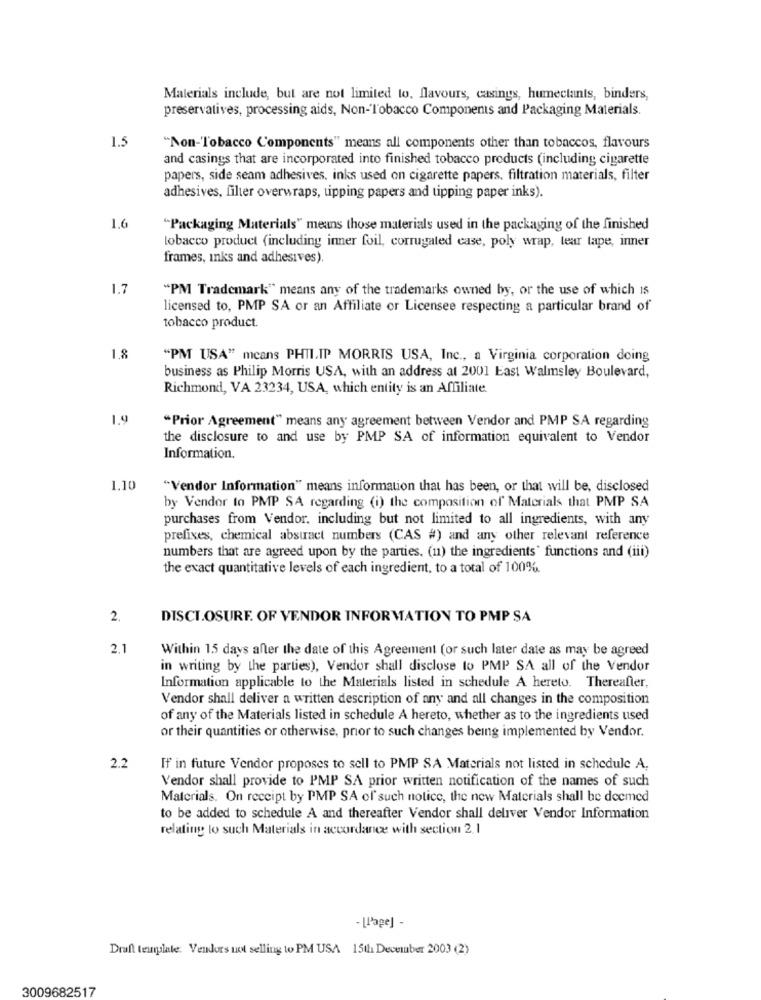
Materials include, but are not limited to, flavours, casings, humectants, binders,
preservatives, processing aids, Non-Tobacco Components and Packaging Materials.
1.5
"Non-'Tobacco Components" means all components other than tobaccos, flavours
and casings that are incorporated into finished tobacco products (including cigarette
papers, side seam adhesives, inks used on cigarette papers. filtration materials, filter
adhesives, filter overwraps, tipping papers and tipping paper inks).
1.6
"Packaging Materials" means those materials used in the packaging of the finished
tobacco product (including inner foil, corrugated case, poly wrap, tear tape, inner
frames, inks and adhesives).
1.7
"PM Trademark" means any of the trademarks owned by, or the use of which Is
licensed to, PMP SA or an Affiliate or Licensee respecting a particular brand of
tobacco product.
1.8
"PM USA" means PHILIP MORRIS USA, Inc ., a Virginia corporation doing
business as Philip Morris USA, with an address at 2001 East Walmsley Boulevard,
Richmond, VA 23234, USA, which entity is an Affiliate
1.9
"Prior Agreement" means any agreement between Vendor and PMP SA regarding
the disclosure to and use by PMP SA of information equivalent to Vendor
Information.
1,10
"Vendor Information" means information that has been, or that will be, disclosed
by Vendor to PMP SA regarding (i) the composition of Materials that PMP SA
purchases from Vendor, including but not limited to all ingredients, with any
prefixes, chemical abstract numbers (CAS #) and any other relevant reference
numbers that are agreed upon by the parties, (11) the ingredients' functions and (iii)
the exact quantitative levels of each ingredient, to a total of 100%
2.
DISCLOSURE. OF VENDOR INFORMATION TO PMP SA
2.1
Within 15 days after the date of this Agreement (or such later date as may be agreed
in writing by the parties), Vendor shall disclose to PMP SA all of the Vendor
Information applicable to the Materials listed in schedule A hereto. Thereafter,
Vendor shall deliver a written description of any and all changes in the composition
of any of the Materials listed in schedule A hereto, whether as to the ingredients used
or their quantities or otherwise, prior to such changes being implemented by Vendor.
2.2
If in future Vendor proposes to sell to PMP SA Materials not listed in schedule A.
Vendor shall provide to PMP SA prior written notification of the names of such
Materials. On receipt by PMP SA of such notice, the new Materials shall be deemed
to be added to schedule A and thereafter Vendor shall deliver Vendor Information
relating to such Materials in accordance with section 2.1
- [Page] -
Draft template. Vendors not selling to PM USA 15th December 2003 (2)
3009682517